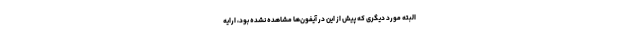
البته مورد دیگری که پیش از این در آیفون‌ها مشاهده نشده بود، ارایه